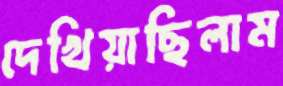
দেখিয়াছিলাম